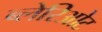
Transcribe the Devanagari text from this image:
ब्लेरिओट